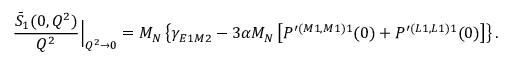
\frac { \bar { S } _ { 1 } ( 0 , Q ^ { 2 } ) } { Q ^ { 2 } } \Big \vert _ { Q ^ { 2 } \rightarrow 0 } = M _ { N } \left\{ \gamma _ { E 1 M 2 } - 3 \alpha M _ { N } \left[ P ^ { \prime ( M 1 , M 1 ) 1 } ( 0 ) + P ^ { \prime ( L 1 , L 1 ) 1 } ( 0 ) \right] \right\} .